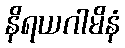
နိရယဂါမိနံ